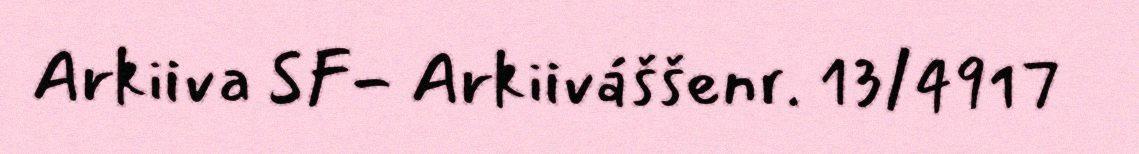
Arkiiva SF- Arkiiváššenr. 13/4917